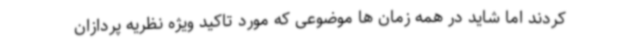
کردند اما شاید در همه زمان ها موضوعی که مورد تاکید ویژه نظریه پردازان